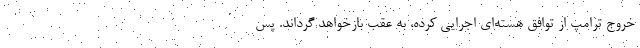
خروج ترامپ از توافق هسته‌ای اجرایی کرده، به عقب بازخواهد گرداند. پس